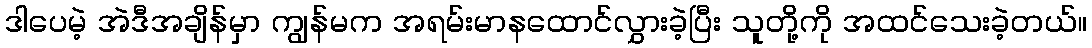
ဒါပေမဲ့ အဲဒီအချိန်မှာ ကျွန်မက အရမ်းမာနထောင်လွှားခဲ့ပြီး သူတို့ကို အထင်သေးခဲ့တယ်။